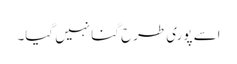
اسے پوری طرح گنا نہیں گیا۔